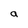
Character: a